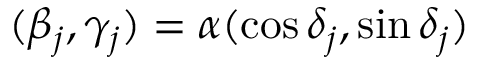
( \beta _ { j } , \gamma _ { j } ) = \alpha ( \cos \delta _ { j } , \sin \delta _ { j } )